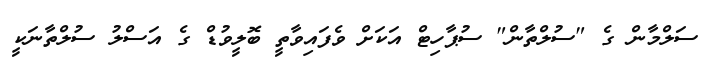
ސަލްމާން ގެ "ސުލްތާން" ސުޕާހިޓް އަކަށް ވެފައިވާތީ ބޮލީވުޑް ގެ އަސްލު ސުލްތާނަކީ